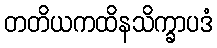
တတိယကထိနသိက္ခာပဒံ